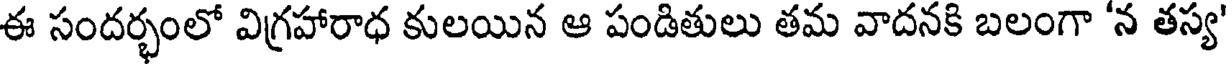
ఈ సందర్భంలో విగ్రహారాధ కులయిన ఆ పండితులు తమ వాదనకి బలంగా 'న తస్య